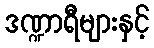
ဒဏ္ဍာရီများနှင့်